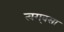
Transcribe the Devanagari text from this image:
त्वग्‌वसा